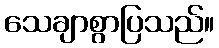
သေချာစွာပြသည်။